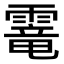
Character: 𩄱